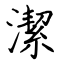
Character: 潔